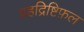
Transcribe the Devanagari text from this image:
ग्रहद्रिष्टिफ़ल